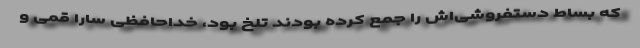
که بساط دستفروشی‌اش را جمع کرده بودند تلخ بود، خداحافظی سارا قمی و